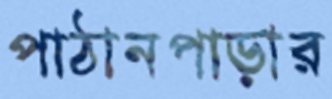
পাঠানপাড়ার